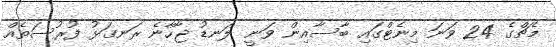
މެޗްގެ 24 ވަނަ މިނެޓްގައި ބާސާއިން ވަނީ ލަނޑު ޖާހާނެ ރަނގަޅު ފުރުސަތެއް